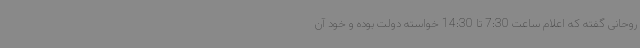
روحانی گفته که اعلام ساعت 7:30 تا 14:30 خواسته دولت بوده و خود آن